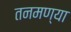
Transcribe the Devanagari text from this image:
तनमण्या